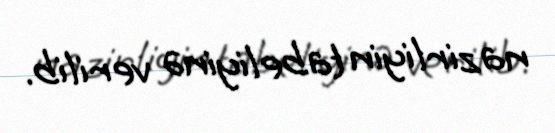
nazirliyin tabeliyinə verilib.